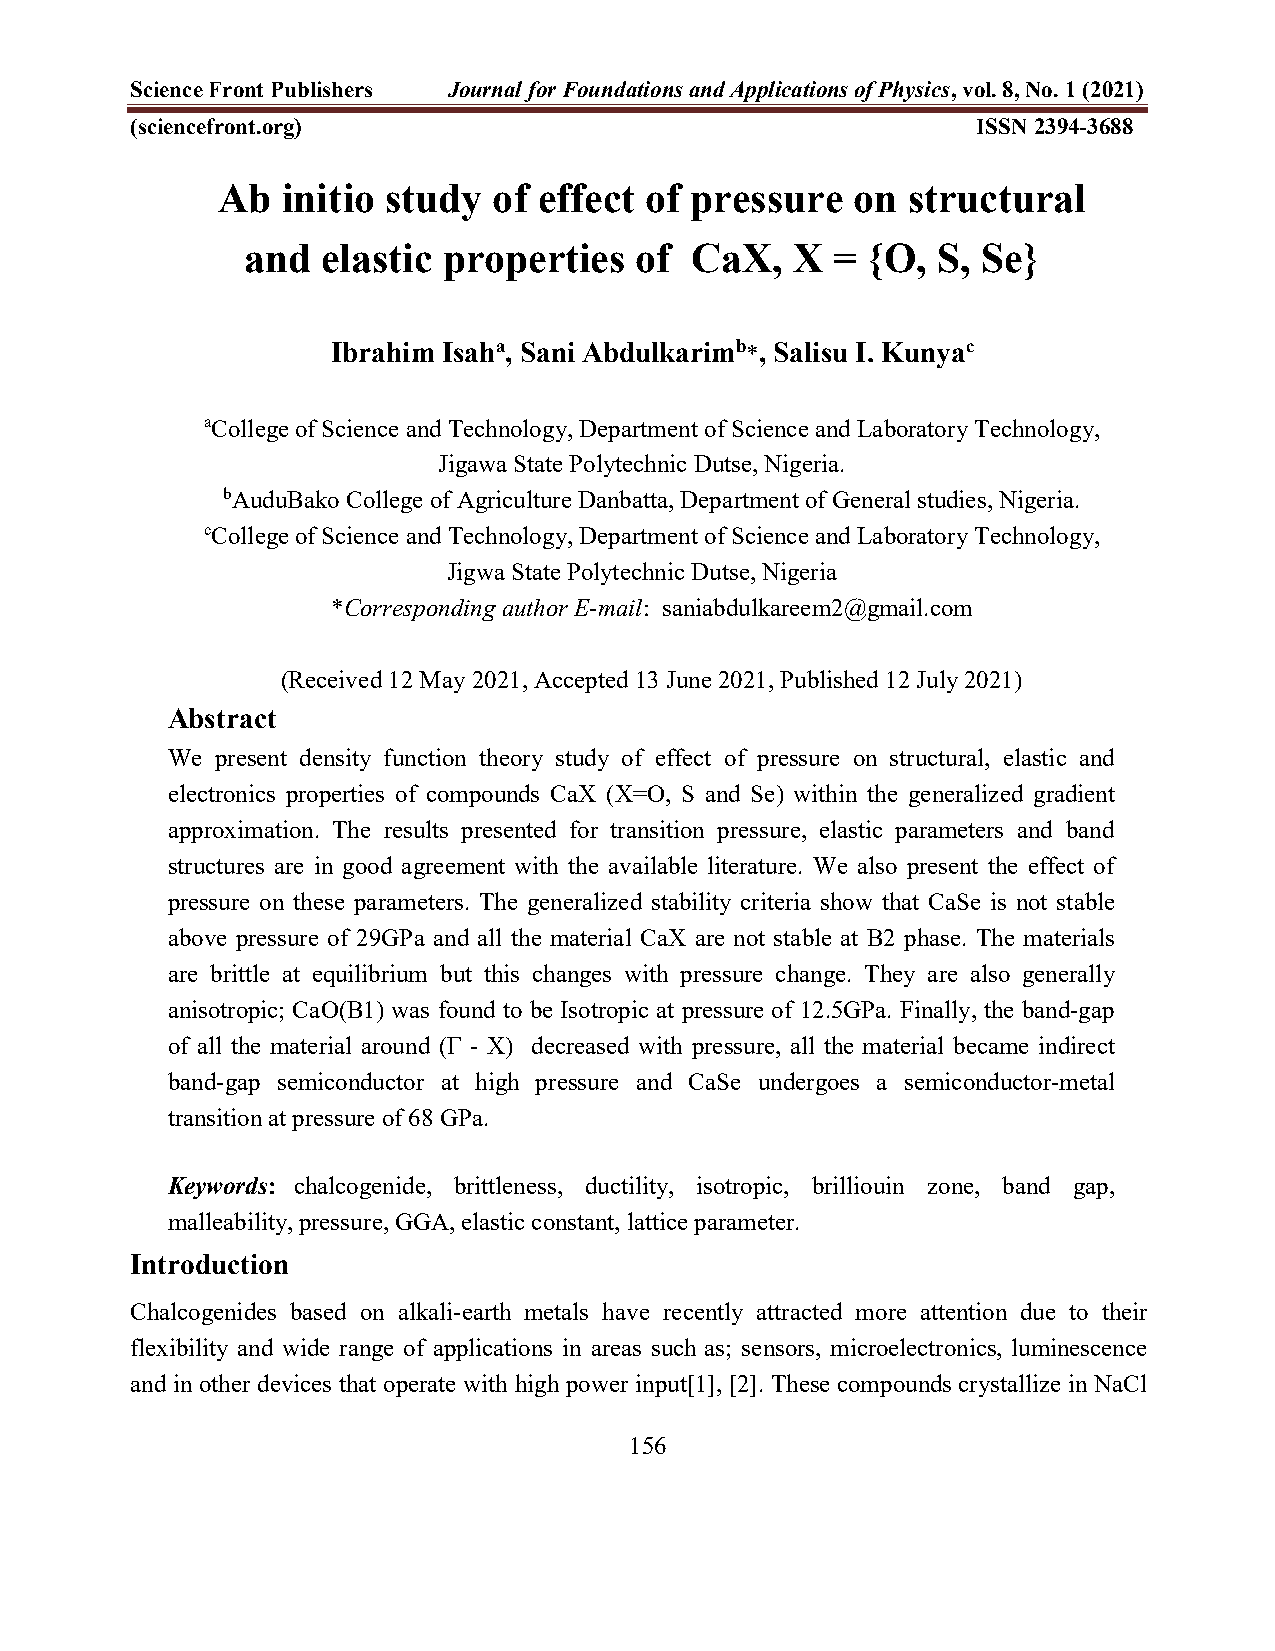
Science Front Publishers Journal for Foundations and Applications of Physics, vol. 8, No. 1 (2021)
 (sciencefront.org)                                      ISSN 2394-3688
 Ab   initio study  of effect of pressure  on  structural
 and  elastic properties   of  CaX,  X  = {O,  S, Se}
 Ibrahim Isaha, Sani Abdulkarimb*, Salisu I. Kunyac
 aCollege of Science and Technology, Department of Science and Laboratory Technology,
 Jigawa State Polytechnic Dutse, Nigeria.
 bAuduBako College of Agriculture Danbatta, Department of General studies, Nigeria.
 cCollege of Science and Technology, Department of Science and Laboratory Technology,
 Jigwa State Polytechnic Dutse, Nigeria
 *Corresponding author E-mail: saniabdulkareem2@gmail.com
 (Received 12 May 2021, Accepted 13 June 2021, Published 12 July 2021)
 Abstract
 We present density function theory study of effect of pressure on structural, elastic and
 electronics properties of compounds CaX (X=O, S and Se) within the generalized gradient
 approximation. The results presented for transition pressure, elastic parameters and band
 structures are in good agreement with the available literature. We also present the effect of
 pressure on these parameters. The generalized stability criteria show that CaSe is not stable
 above pressure of 29GPa and all the material CaX are not stable at B2 phase. The materials
 are brittle at equilibrium but this changes with pressure change. They are also generally
 anisotropic; CaO(B1) was found to be Isotropic at pressure of 12.5GPa. Finally, the band-gap
 of all the material around (Γ - X) decreased with pressure, all the material became indirect
 band-gap semiconductor at high pressure and CaSe undergoes a semiconductor-metal
 transition at pressure of 68 GPa.
 Keywords: chalcogenide, brittleness, ductility, isotropic, brilliouin zone, band gap,
 malleability, pressure, GGA, elastic constant, lattice parameter.
 Introduction
 Chalcogenides based on alkali-earth metals have recently attracted more attention due to their
 flexibility and wide range of applications in areas such as; sensors, microelectronics, luminescence
 and in other devices that operate with high power input[1], [2]. These compounds crystallize in NaCl
 156